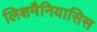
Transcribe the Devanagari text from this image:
लिशमैनियासिस